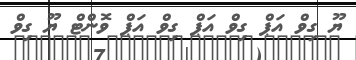
ޔޫ ގިވް އަޕް ގިވް އަޕް ގިވް އަޕް ވޮންޓް ޔޫ ގިވް